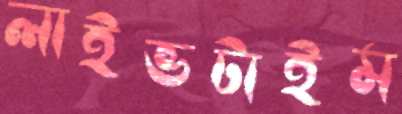
লাইভটাইম